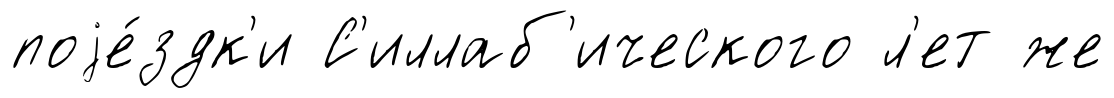
поjе́здк'и С'иллаб'ического л'ет же